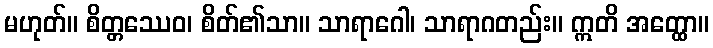
မဟုတ်။ စိတ္တဿေဝ၊ စိတ်၏သာ။ သာရာဂေါ၊ သာရာဂတည်း။ ဣတိ အတ္ထော။